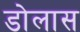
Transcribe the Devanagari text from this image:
डोलास